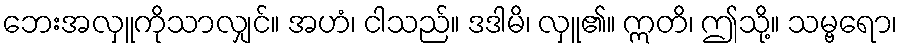
ဘေးအလှူကိုသာလျှင်။ အဟံ၊ ငါသည်။ ဒဒါမိ၊ လှူ၏။ ဣတိ၊ ဤသို့။ သမ္ဗရော၊